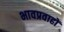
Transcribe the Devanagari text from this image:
भावप्रवाहों